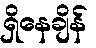
ရှိနေချိန်